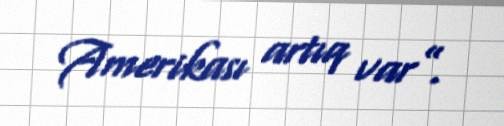
Amerikası artıq var”.